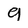
Character: 9